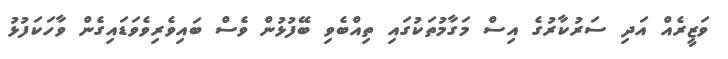
ވަޒީރެއް އަދި ސަރުކާރުގެ އިސް މަގާމުތަކުގައި ތިއްބެވި ބޭފުޅުން ވެސް ބައިވެރިވެވަޑައިގެން ވާހަކަފުޅު